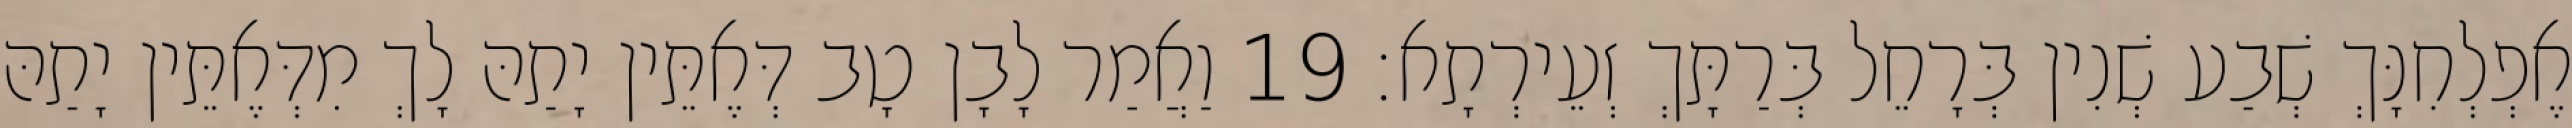
אֶפְלְחִנָּךְ שְׁבַע שְׁנִין בְּרָחֵל בְּרַתָּךְ זְעֵירְתָא׃ 19 וַאֲמַר לָבָן טָב דְּאֶתֵּין יָתַהּ לָךְ מִדְּאֶתֵּין יָתַהּ